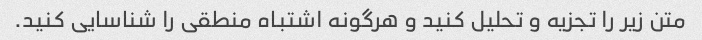
متن زیر را تجزیه و تحلیل کنید و هرگونه اشتباه منطقی را شناسایی کنید.